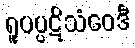
ရူပပ္ပဋိသံဝေဒီ